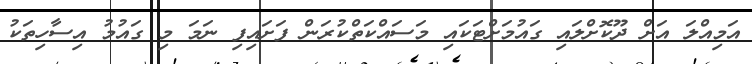
އަމިއްލަ އަށް ދޫކޮށްލައި ގައުމަށްޓަކައި މަސައްކަތްކުރަން ފަށައިފި ނަމަ މި ގައުމު އިސާހިތަކު